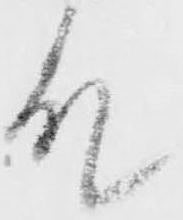
殿